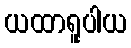
ယထာရူပါယ